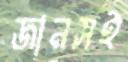
জানসই